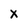
Character: x